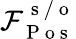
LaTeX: \mathcal{F}_{\mathrm{~P~o~s~}}^{\mathrm{~s~/~o~}}